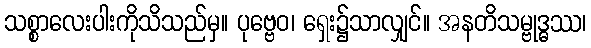
သစ္စာလေးပါးကိုသိသည်မှ။ ပုဗ္ဗေဝ၊ ရှေး၌သာလျှင်။ အနတိသမ္ဗုဒ္ဓဿ၊